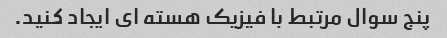
پنج سوال مرتبط با فیزیک هسته ای ایجاد کنید.